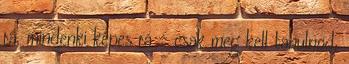
rá, mindenki képes rá – csak meg kell tanulnod,